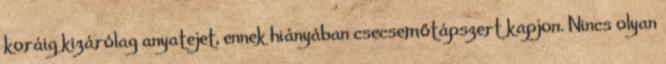
koráig kizárólag anyatejet, ennek hiányában csecsemőtápszert kapjon. Nincs olyan